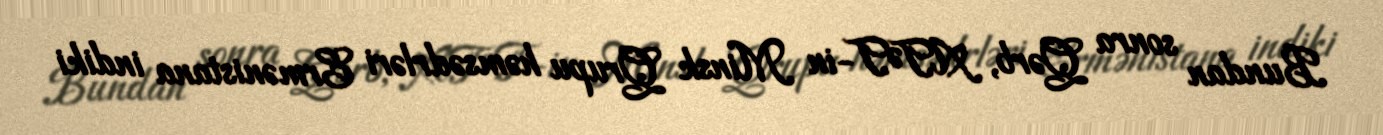
Bundan sonra Qərb, ATƏT-in Minsk Qrupu həmsədrləri Ermənistana indiki